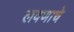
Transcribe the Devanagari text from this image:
लवणाचे